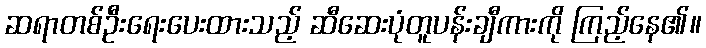
ဆရာတစ်ဦးရေးပေးထားသည့် ဆီဆေးပုံတူပန်းချီကားကို ကြည့်နေ၏။